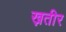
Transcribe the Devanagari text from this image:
ख़तीर